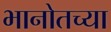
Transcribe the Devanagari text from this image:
भानोतच्या